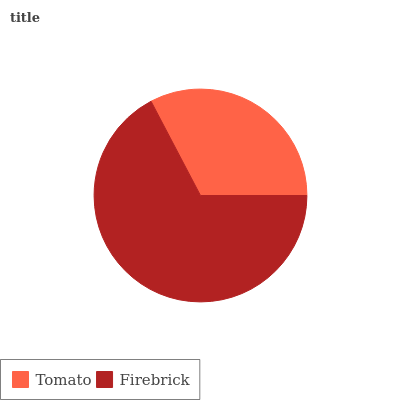
| Tomato | Firebrick |
 | --- | --- |
 | 32.6% | 67.4% |